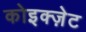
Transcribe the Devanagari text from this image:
कोइक्ज़ेट